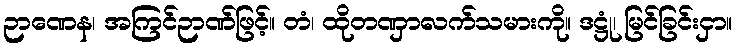
ဉာဏေန၊ အကြင်ဉာဏ်ဖြင့်။ တံ၊ ထိုတဏှာလက်သမားကို။ ဒဋ္ဌုံ၊ မြင်ခြင်းငှာ။